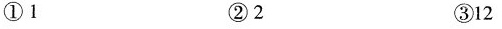
①1 ②2 ③12